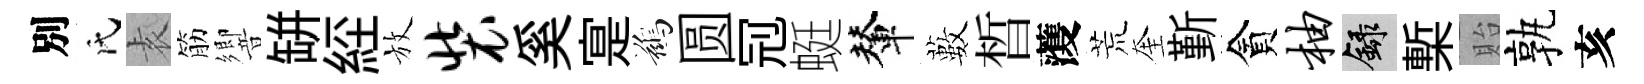
別氏𡊮筋響缾𦀇放装奚寔鷀圆𠜍蜓輦藪晳𮑮荒奎斳貪柚録槧貽孰亥